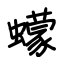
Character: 蠓